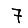
Digit: 7